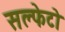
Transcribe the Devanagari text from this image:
सल्फेटो